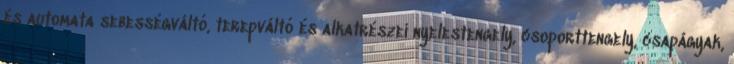
és automata sebességváltó, terepváltó és alkatrészei nyelestengely, csoporttengely, csapágyak,